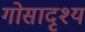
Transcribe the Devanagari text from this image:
गोसादृश्य